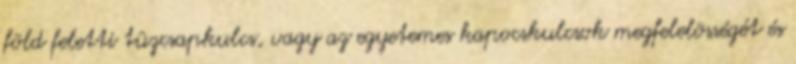
föld feletti tûzcsapkulcs, vagy az egyetemes kapocskulcsok megfelelõsségét és